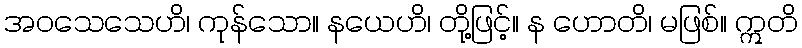
အဝသေသေဟိ၊ ကုန်သော။ နယေဟိ၊ တို့ဖြင့်။ န ဟောတိ၊ မဖြစ်။ ဣတိ